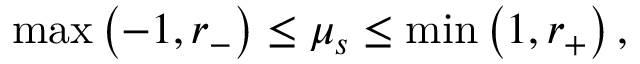
\operatorname* { m a x } \left( - 1 , r _ { - } \right) \leq \mu _ { s } \leq \operatorname* { m i n } \left( 1 , r _ { + } \right) ,